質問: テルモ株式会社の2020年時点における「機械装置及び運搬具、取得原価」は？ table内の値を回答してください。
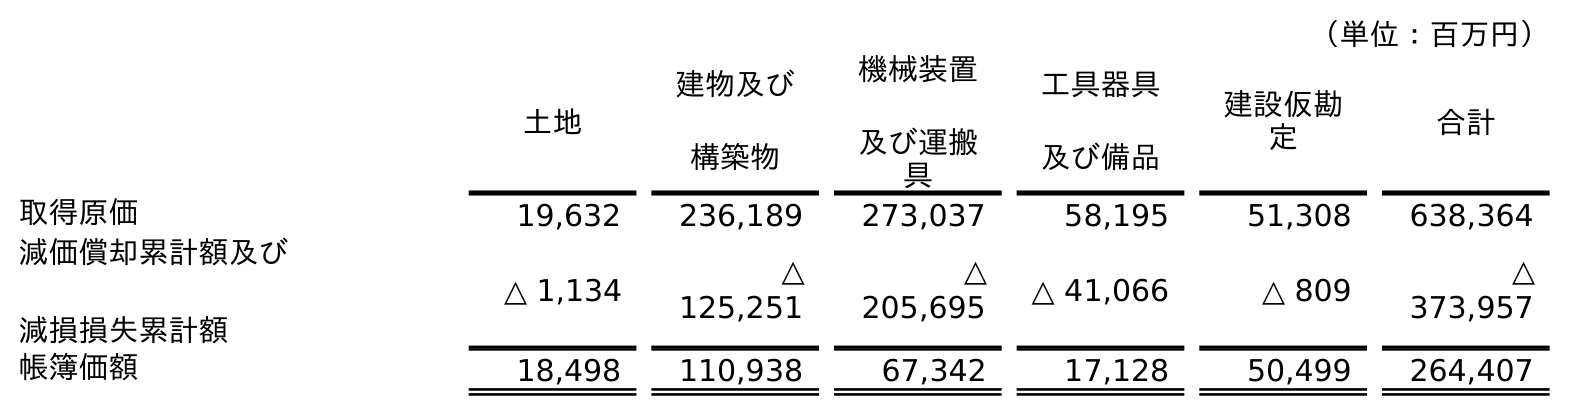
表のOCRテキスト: （単位：百万円） 土地 建物及び 構築物 機械装置 及び運搬 具 工具器具 及び備品 建設仮勘 定 合計 取得原価 19,632 236,189 273,037 58,195 51,308 638,364 減価償却累計額及び 減損損失累計額 △ 1,134 △ 125,251 △ 205,695 △ 41,066 △ 809 △ 373,957 帳簿価額 18,498 110,938 67,342 17,128 50,499 264,407
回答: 273,037